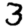
Digit: 3